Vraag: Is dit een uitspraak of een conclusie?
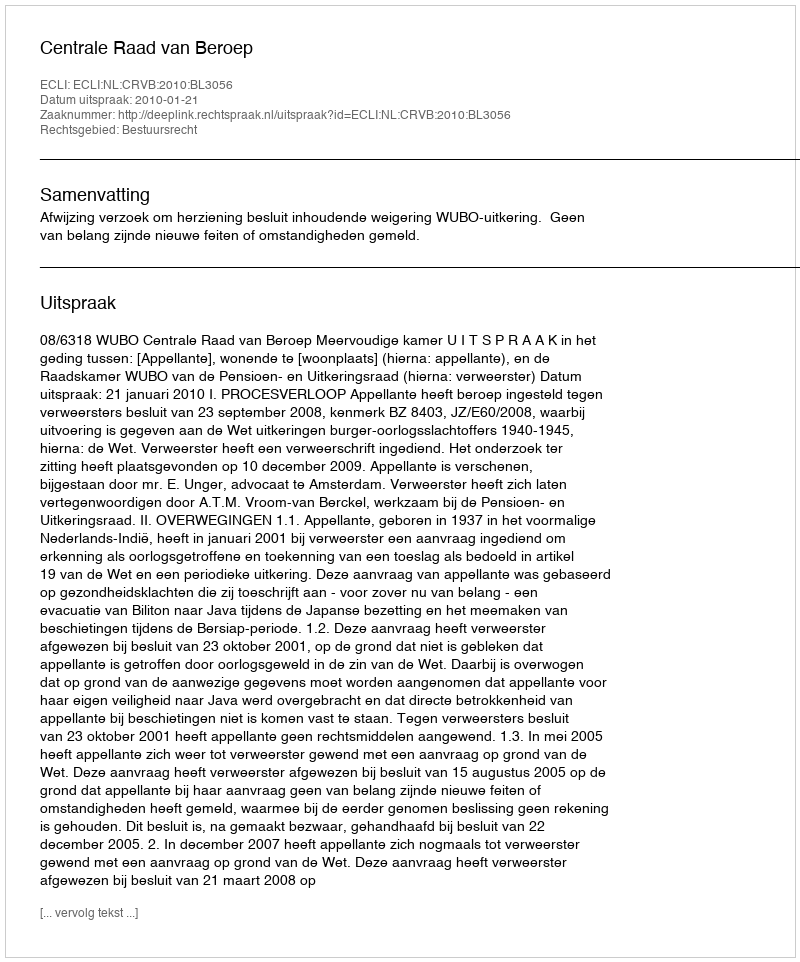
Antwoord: Uitspraak